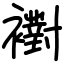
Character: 襨